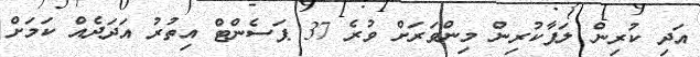
އަދި ކުރިން ލަފާކުރިން މިންވަރަށް ވުރެ 37 ޕަސެންޓް އިތުރު އަދަދެއް ކަމަށް